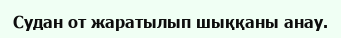
Судан от жаратылып шыққаны анау.